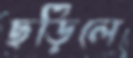
ছড়িলে